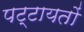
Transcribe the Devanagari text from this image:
पट्टायतों